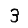
Digit: 3